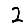
Digit: 2